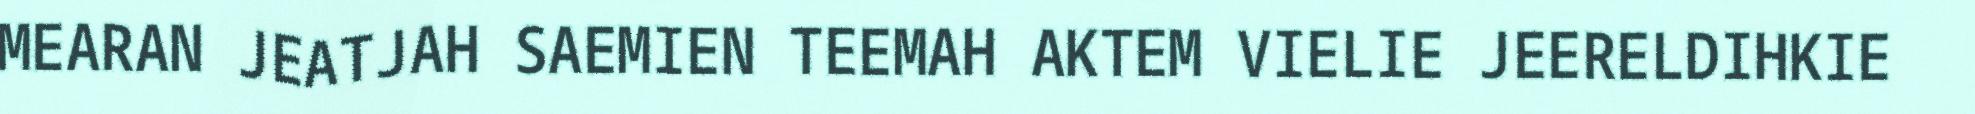
MEARAN JEATJAH SAEMIEN TEEMAH AKTEM VIELIE JEERELDIHKIE